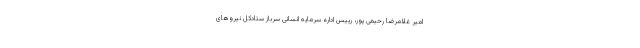
امیر غلامرضا رحیمی پور، رییس اداره سرمایه انسانی سرباز ستادکل نیروهای